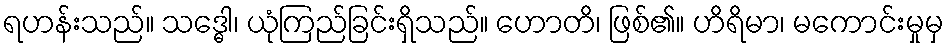
ရဟန်းသည်။ သဒ္ဓေါ၊ ယုံကြည်ခြင်းရှိသည်။ ဟောတိ၊ ဖြစ်၏။ ဟိရိမာ၊ မကောင်းမှုမှ